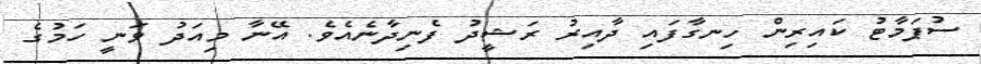
ސުޕަމާޓު ކައިރިން ހިނގާފައި ދާއިރު ރަޝީދު ފެނިދާނެއެވެ. އޭނާ މިއަދު ވަނީ ހަމުގެ